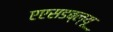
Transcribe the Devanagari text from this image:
एएसडब्ल्यू